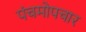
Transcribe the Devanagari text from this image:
पंचमोपचार